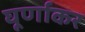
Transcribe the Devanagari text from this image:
घूर्णाकर